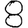
Digit: 8